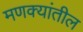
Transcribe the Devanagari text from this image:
मणक्यांतील